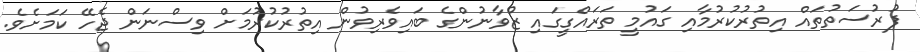
ފުރުސަތުތައް އިތުރުކުރުމާއި ގައުމީ ތަރައްގީގައި ޒުވާނުންގެ ބައިވެރިވުން އިތުރުކުރުމަށް ވިސްނަން ޖެހޭ ކަމަށެވެ.